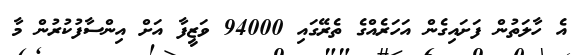
އެ ހާލަތުން ފަށައިގެން އަހަރެއްގެ ތެރޭގައި 94000 ވަޒީފާ އަށް އިންސާފުކުރުން މާ